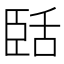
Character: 𬛥